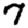
Digit: 7